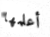
أعلمها